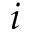
i